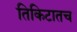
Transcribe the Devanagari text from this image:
तिकिटातच